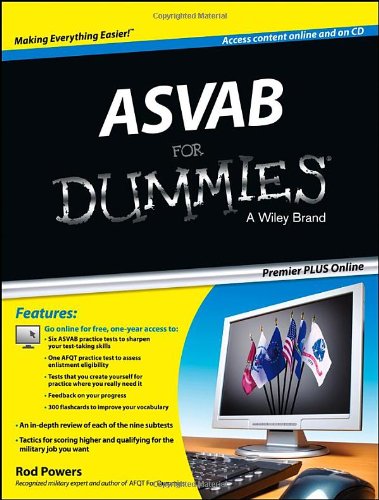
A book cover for ASVAB For Dummies, Premier Plus (with Free Online Practice Tests); Rod Powers; Test Preparation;